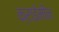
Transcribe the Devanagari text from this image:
क्राईमीन